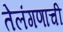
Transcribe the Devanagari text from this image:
तेलंगणाची